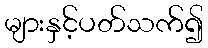
များနှင့်ပတ်သက်၍